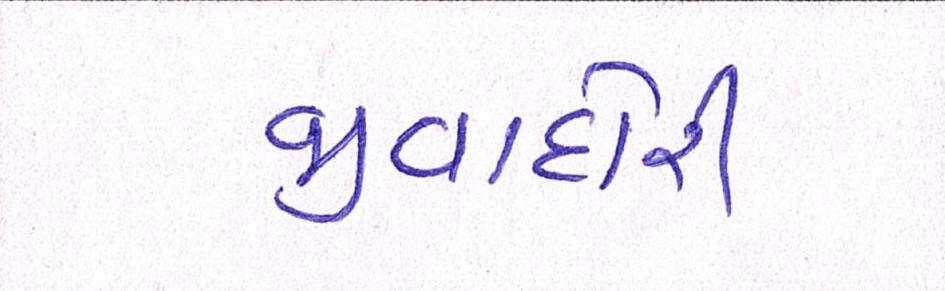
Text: જીવાદોરી